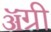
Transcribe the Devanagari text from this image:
ॲग्री